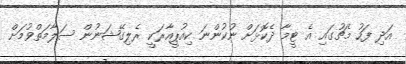
އަދި ފަހު މެޗުގައި އެ ޓީމާ ދެކޮޅަށް ނުކުންނަ ކިއުޕީއާރަކީ ރެލިގޭޝަނުން ސަލާމަތްވުމަށް